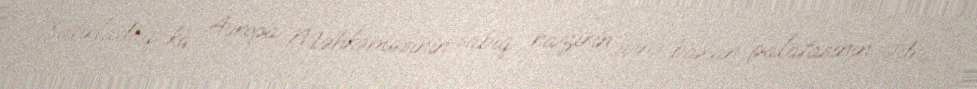
Xatırladaq ki, Avropa Məhkəməsinin sabiq nazirin işinə baxan palatasının sədri